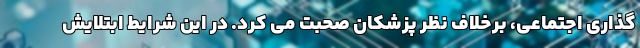
گذاری اجتماعی، برخلاف نظر پزشکان صحبت می کرد. در این شرایط ابتلایش